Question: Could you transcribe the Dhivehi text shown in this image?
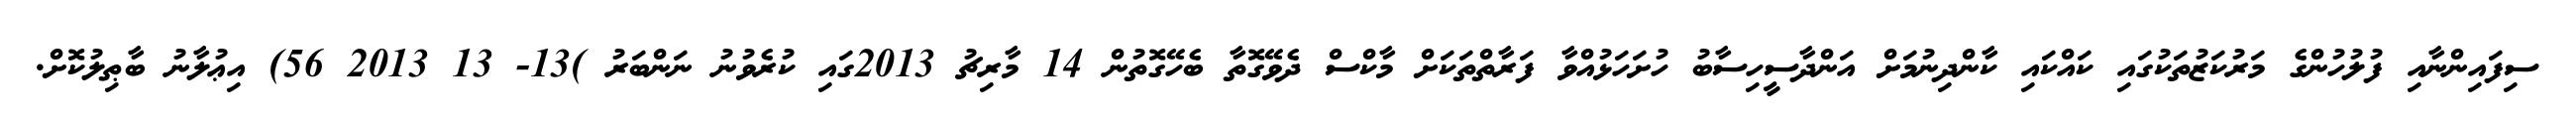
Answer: ސިފައިންނާއި ފުލުހުންގެ މަރުކަޒުތަކުގައި ކައްކައި ކާންދިނުމަށް އަންދާސީހިސާބު ހުށަހަޅުއްވާ ފަރާތްތަކަށް މާކްސް ދެވޭގޮތާ ބެހޭގޮތުން 14 މާރިޗު 2013ގައި ކުރެވުނު ނަންބަރު )13- 13 2013 56) އިޢުލާނު ބާޠިލުކޮށް.